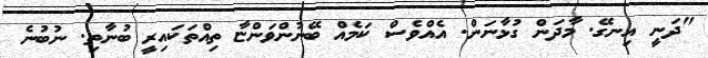
"ދަނީ އިނގޭ. މާދަން ގުޅާނަން. އެއްވެސް ކަމެއް ބޭނުންވަންޏާ ތިއްތަކައިރީ ބުނާތި. ނުބުނެ